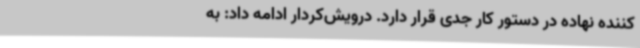
کننده نهاده در دستور کار جدی قرار دارد. درویش‌کردار ادامه داد: به